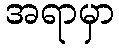
အရာမှာ